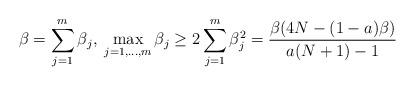
LaTeX: \begin{align*}\beta = \sum_{j=1}^{m} \beta_{j}, \; \max_{j=1,...,m} \beta_j \geq 2 \sum_{j=1}^{m} \beta_{j}^{2} = \frac{\beta (4N - (1-a)\beta)}{a(N+1)-1}\end{align*}